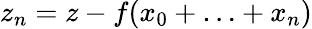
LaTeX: z_{n}=z-f(x_{0}+\ldots+x_{n})